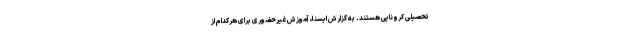
تحصیلی کرونایی هستند. به گزارش ایسنا، آموزش غیرحضوری برای هرکدام از